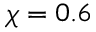
\chi = 0 . 6